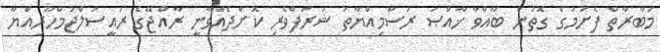
މުބާރާތް ފެށުމުގެ ގޮތުން ބާއްވާ ޚާއްޞަ ރަސްމިއްޔާތު ޝަރަފްވެރި ކޮށްދެއްވާނީ ރާއްޖޭގެ ރައީސުލްޖުމްހޫރިއްޔާ